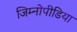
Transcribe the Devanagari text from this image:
जिम्नोपीडिया